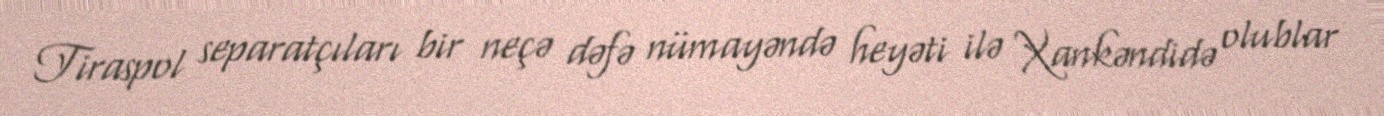
Tiraspol separatçıları bir neçə dəfə nümayəndə heyəti ilə Xankəndidə olublar